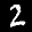
Label: 2